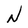
Character: N